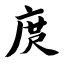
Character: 庹